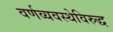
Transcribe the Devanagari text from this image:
वर्णव्यवस्थेविरुद्ध